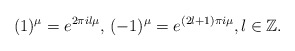
\begin{align*} (1)^\mu=e^{2\pi il\mu},\, (-1)^\mu=e^{(2l+1)\pi i\mu},l\in{\mathbb Z}.\end{align*}